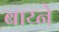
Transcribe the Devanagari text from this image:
बाय्ने